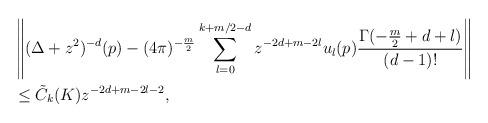
LaTeX: \begin{align*}&\left\Vert(\Delta+z^2)^{-d}(p)-(4\pi)^{-\frac{m}{2}}\sum_{l=0}^{k+m/2-d}z^{-2d+m-2l}u_l(p)\frac{\Gamma(-\frac{m}{2}+d+l)}{(d-1)!}\right\Vert\\&\leq \tilde{C}_k(K)z^{-2d+m-2l-2},\end{align*}